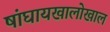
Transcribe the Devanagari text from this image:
षांघायखालोखाल